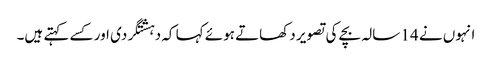
انہوں نے 14 سالہ بچے کی تصویر دکھاتے ہوئے کہا کہ دہشتگردی اور کسے کہتے ہیں۔